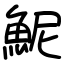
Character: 𫙖